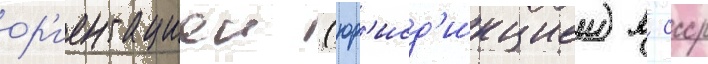
ор'иентациеи (юр'исд'икциеи) в ссср